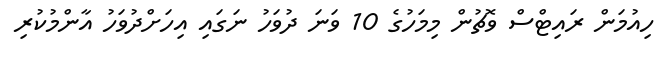
ހިއުމަން ރައިޓްސް ވޮޗުން މިމަހުގެ 10 ވަނަ ދުވަހު ނަގައި އިހަށްދުވަހު އާންމުކުރި